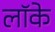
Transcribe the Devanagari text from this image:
लाॅके